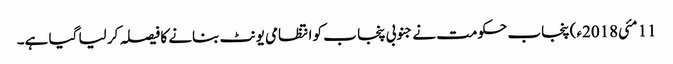
11 مئی2018ء) پنجاب حکومت نے جنوبی پنجا ب کو انتظامی یونٹ بنانے کا فیصلہ کر لیا گیا ہے۔